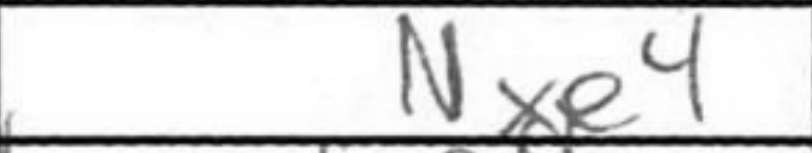
Transcription: Nxe4